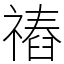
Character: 䄝